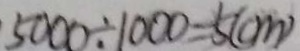
5 0 0 0 \div 1 0 0 0 = 5 ( c m )